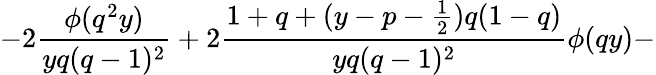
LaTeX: -2\frac{\phi(q^{2}y)}{yq(q-1)^{2}}+2\frac{1+q+(y-p-\frac{1}{2})q(1-q)}{yq(q-1)^{2}}\phi(qy)-